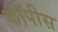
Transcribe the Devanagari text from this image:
कॉपीस